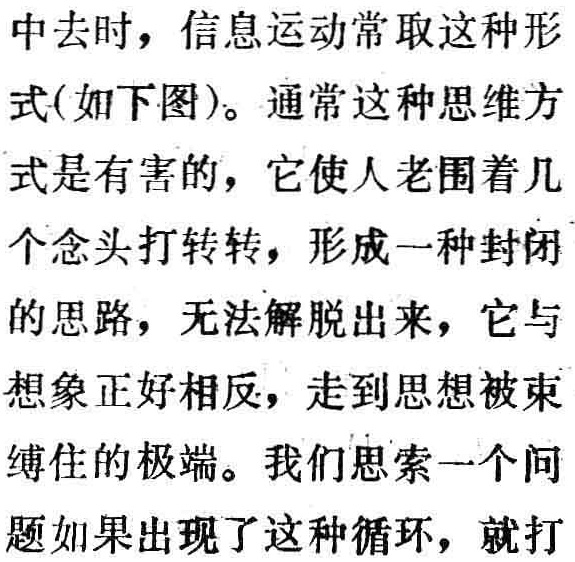
中去时，信息运动常取这种形

式(如下图)。通常这种思维方

式是有害的，它使人老围着几

个念头打转转，形成一种封闭

的思路，无法解脱出来，它与

想象正好相反，走到思想被束

缚住的极端。我们思索一个问

题如果出现了这种循环，就打